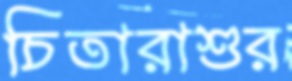
চিতারাশুর